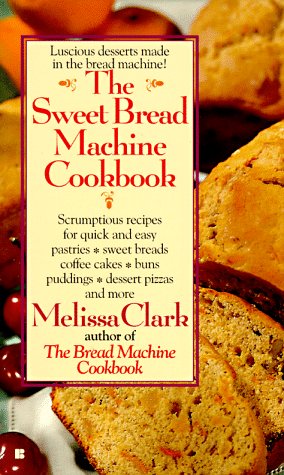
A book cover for The Sweet Bread Machine Cookbook; Melissa Clark; Cookbooks, Food & Wine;